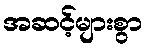
အဆင့်များစွာ